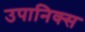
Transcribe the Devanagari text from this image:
उपानिक्स